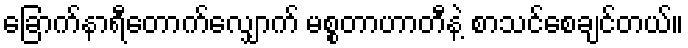
ခြောက်နာရီတောက်လျှောက် မစ္စတာဟာတီနဲ့ စာသင်စေချင်တယ်။